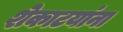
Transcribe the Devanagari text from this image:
शेकाटयांना